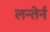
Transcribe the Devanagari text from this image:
लन्तेर्न